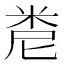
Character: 𥹆